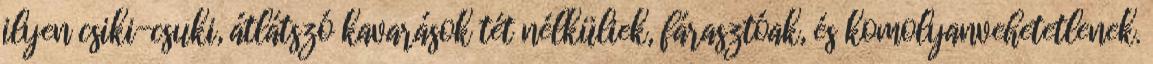
ilyen csiki-csuki, átlátszó kavarások tét nélküliek, fárasztóak, és komolyanvehetetlenek.